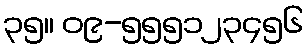
၃၅။ ၀၉-၅၅၅၁၂၃၄၅၆